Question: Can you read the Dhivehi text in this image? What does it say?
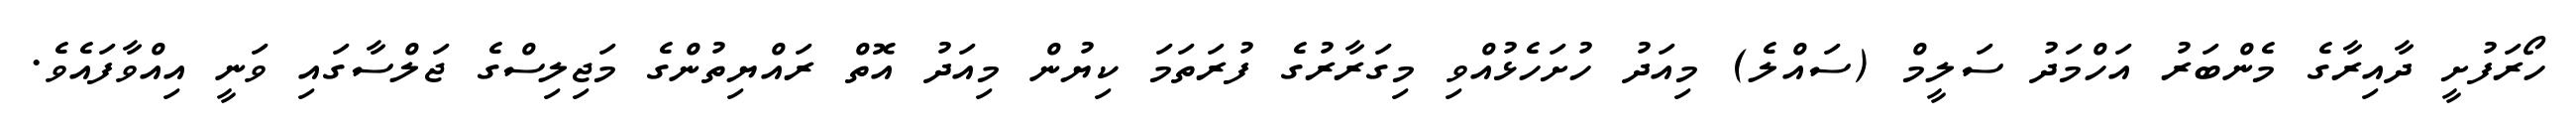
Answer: ހޯރަފުށީ ދާއިރާގެ މެންބަރު އަހްމަދު ސަލީމް (ސައްލެ) މިއަދު ހުށަހެޅުއްވި މިގަރާރުގެ ފުރަތަމަ ކިޔުން މިއަދު އޮތް ރައްޔިތުންގެ މަޖިލިސްގެ ޖަލްސާގައި ވަނީ އިއްވާފައެވެ.